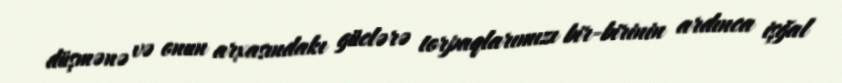
düşmənə və onun arxasındakı güclərə torpaqlarımızı bir-birinin ardınca işğal